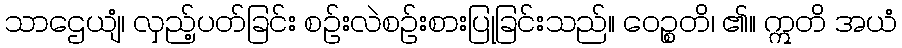
သာဌေယျံ၊ လှည့်ပတ်ခြင်း စဉ်းလဲစဉ်းစားပြုခြင်းသည်။ ဝေဉ္စတိ၊ ၏။ ဣတိ အယံ